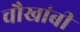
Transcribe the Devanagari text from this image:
चौखांबी